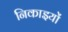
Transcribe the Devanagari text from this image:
निकाइयों